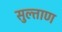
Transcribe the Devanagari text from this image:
सुल्ताण